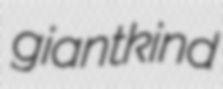
giantkind